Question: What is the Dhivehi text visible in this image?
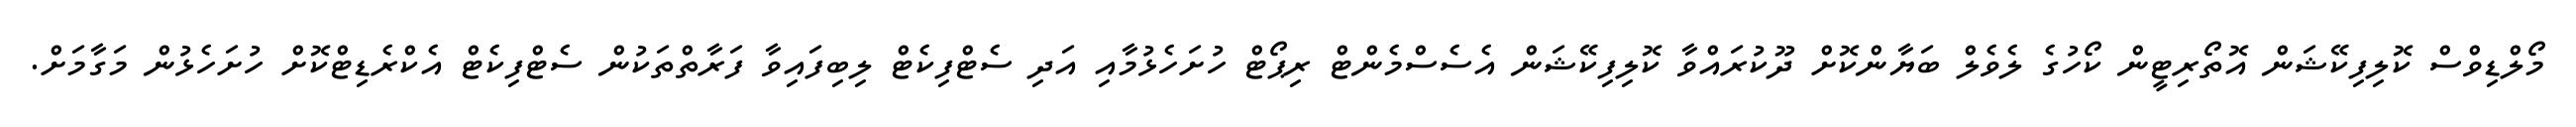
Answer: މޯލްޑިވްސް ކޮލިފިކޭޝަން އޮތޯރިޓީން ކޯހުގެ ލެވެލް ބަޔާންކޮށް ދޫކުރައްވާ ކޮލިފިކޭޝަން އެސެސްމެންޓް ރިޕޯޓް ހުށަހެޅުމާއި އަދި ސެޓްފިކެޓް ލިބިފައިވާ ފަރާތްތަކުން ސެޓްފިކެޓް އެކްރެޑިޓްކޮށް ހުށަހެޅުން މަގާމަށް.